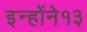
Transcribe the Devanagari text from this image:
इन्होंने१३